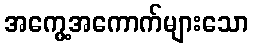
အကွေ့အကောက်များသော